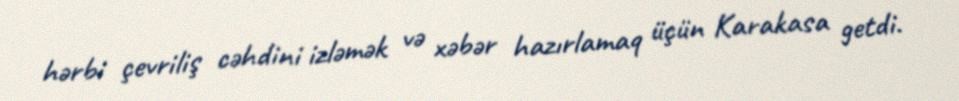
hərbi çevriliş cəhdini izləmək və xəbər hazırlamaq üçün Karakasa getdi.